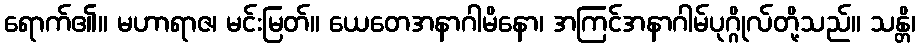
ရောက်၏။ မဟာရာဇ၊ မင်းမြတ်။ ယေတေအနာဂါမိနော၊ အကြင်အနာဂါမ်ပုဂ္ဂိုလ်တို့သည်။ သန္တိ၊